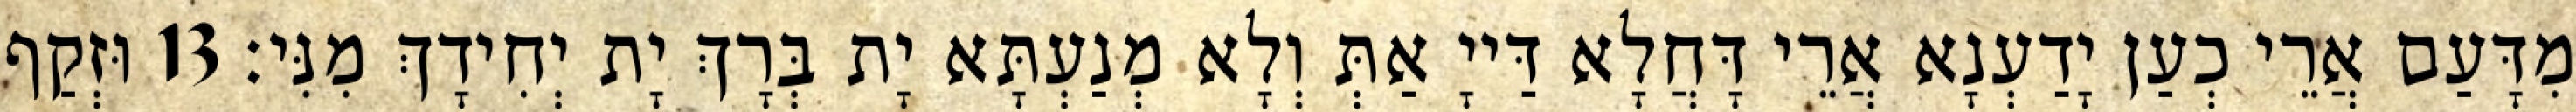
מִדָּעַם אֲרֵי כְעַן יָדַעְנָא אֲרֵי דָּחֲלָא דַּייָ אַתְּ וְלָא מְנַעְתָּא יָת בְּרָךְ יָת יְחִידָךְ מִנִּי׃ 13 וּזְקַף